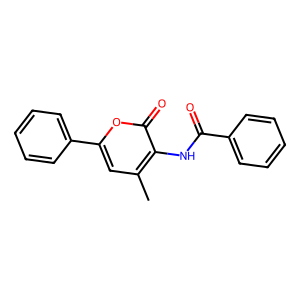
SMILES: Cc1cc(-c2ccccc2)oc(=O)c1NC(=O)c1ccccc1
Inhibits HIV replication: No